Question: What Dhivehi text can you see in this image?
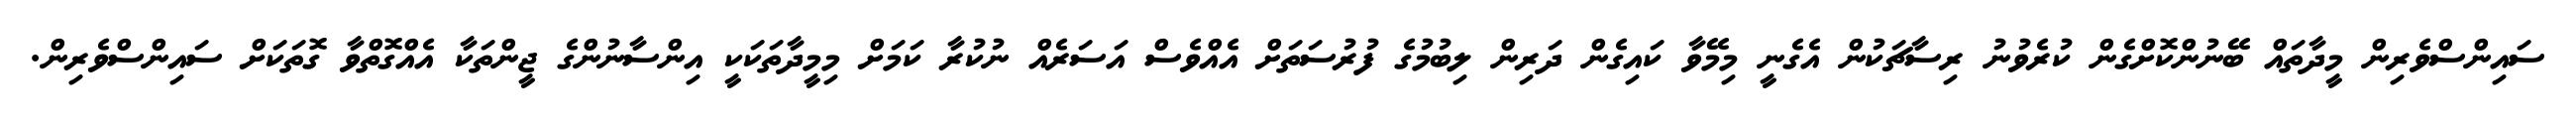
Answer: ސައިންސްވެރިން މީދާތައް ބޭނުންކޮށްގެން ކުރެވުނު ރިސާޗަކުން އެގެނީ މިމޭވާ ކައިގެން ދަރިން ލިބުމުގެ ފުރުސަތަށް އެއްވެސް އަސަރެއް ނުކުރާ ކަމަށް މިމީދާތަކަކީ އިންސާނުންގެ ޖީންތަކާ އެއްގޮތްވާ ގޮތަކަށް ސައިންސްވެރިން.